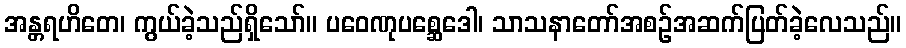
အန္တရဟိတေ၊ ကွယ်ခဲ့သည်ရှိသော်။ ပဝေဏုပစ္ဆေဒေါ၊ သာသနာတော်အစဉ်အဆက်ပြတ်ခဲ့လေသည်။